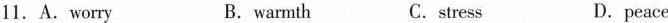
11. A .Worry B. warmth C. stress D. peace